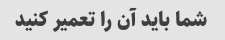
شما باید آن را تعمیر کنید